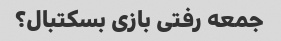
جمعه رفتی بازی بسکتبال؟